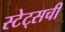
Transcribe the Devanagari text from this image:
स्टेट्‌सची